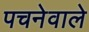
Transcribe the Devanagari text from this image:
पचनेवाले